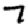
Digit: 7